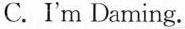
C.I'm Daming.